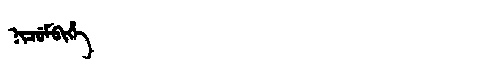
Manchu: ᠨᡳᠴᡠᠮᠪᡳᡥᡝ
Romanization: NICUMBIHE